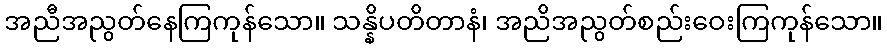
အညီအညွတ်နေကြကုန်သော။ သန္နိပတိတာနံ၊ အညိအညွတ်စည်းဝေးကြကုန်သော။